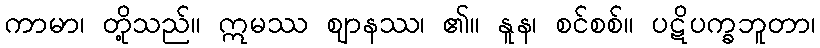
ကာမာ၊ တို့သည်။ ဣမဿ ဈာနဿ၊ ၏။ နူန၊ စင်စစ်။ ပဋိပက္ခဘူတာ၊